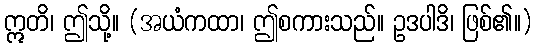
ဣတိ၊ ဤသို့။ (အယံကထာ၊ ဤစကားသည်။ ဥဒပါဒိ၊ ဖြစ်၏။)